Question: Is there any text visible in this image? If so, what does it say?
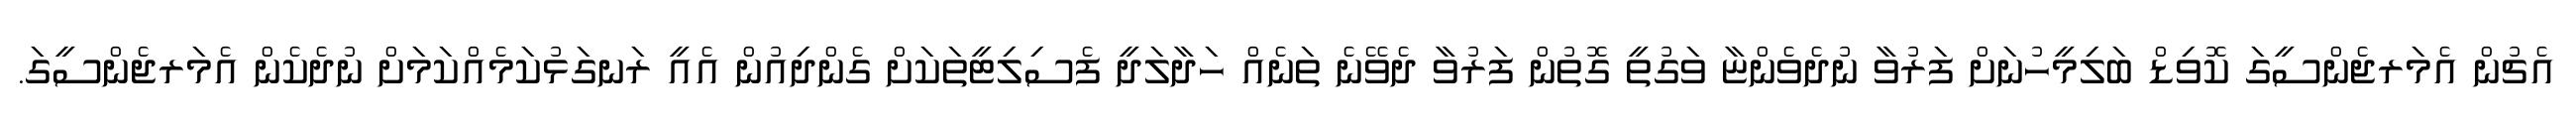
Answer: އެޗުން އެމަރޖެންސީގަ ކޮވިޑް ބަލިމީހުނަށް ފަރުވާ ނުދެވެންޏާ ވަގުތީ ގޮތުން ފަރުވާ ދެވޭނެ ތަނެއް ހަދާލަދީ ފެސިލިޓީތަކަށް ގެންދިއުން އެއީ ރަނގަޅުކަމެއްކަމަށް ނުދެކެން އެމަރޖެންސީގަ.